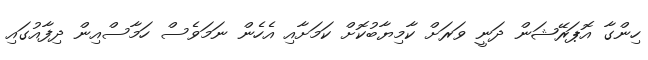
ހިންގާ އޮޕަރޭޝަން ދަނީ ވަރަށް ކާމިޔާބުކޮށް ކަމަށާއި އެހެން ނަމަވެސް ހަމާސްއިން ދިފާއުގައި